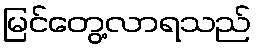
မြင်တွေ့လာရသည်